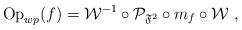
LaTeX: \begin{align*}{\rm Op}_{wp}(f)=\mathcal{W}^{-1}\circ \mathcal{P}_{\mathfrak{F}^2}\circ m_f\circ \mathcal{W} \ ,\end{align*}